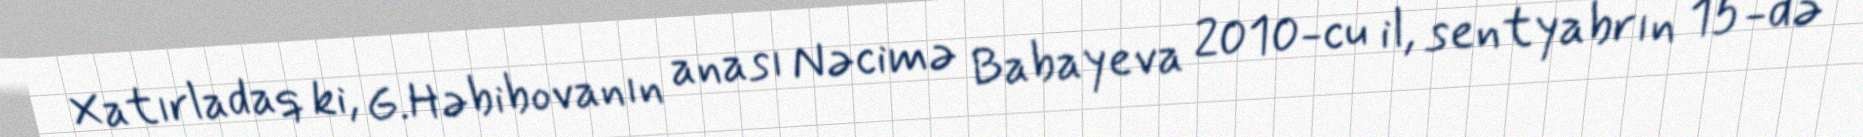
Xatırladaq ki, G.Həbibovanın anası Nəcimə Babayeva 2010-cu il, sentyabrın 15-də